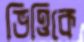
ভিত্তিকে